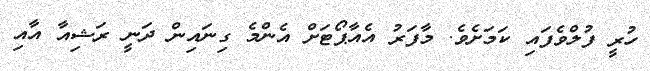
ހުރީ ފުލްވެފައި ކަމަށެވެ. މާފަރު އެއާޕޯޓަށް އެންމެ ގިނައިން ދަނީ ރަޝިއާ އާއި